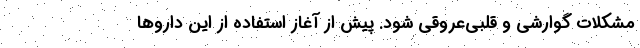
مشکلات گوارشی و قلبی‌عروقی شود. پیش از آغاز استفاده از این داروها